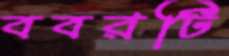
ববরটি